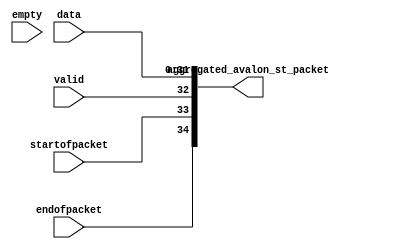
module aggregate_avalon_st_packet
(
output [34:0] aggregated_avalon_st_packet,
input  [1:0]  empty, 
input         endofpacket,	
input         startofpacket, 
input         valid,         
input  [31:0] data  
);

assign   aggregated_avalon_st_packet =
		 {
    	  endofpacket,	
		  startofpacket, 
		  valid,         
		  data  
		  };

endmodule